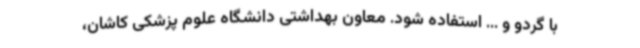
با گردو و ... استفاده شود. معاون بهداشتی دانشگاه علوم پزشکی کاشان،